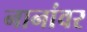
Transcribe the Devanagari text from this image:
नानांवर